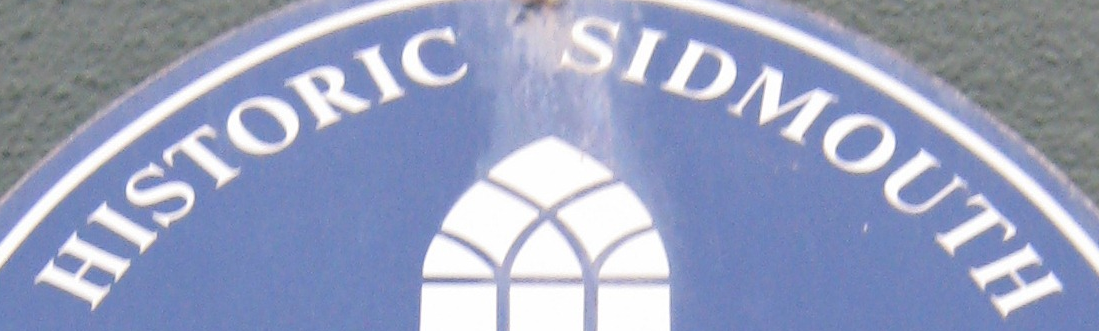
HISTORIC SIDMOUTH